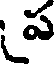
ప